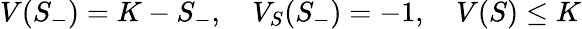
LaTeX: V(S_{-})=K-S_{-},\quad V_{S}(S_{-})=-1,\quad V(S)\leq K